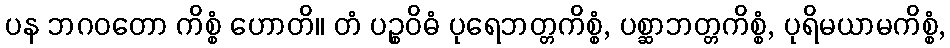
ပန ဘဂဝတော ကိစ္စံ ဟောတိ။ တံ ပဉ္စဝိဓံ ပုရေဘတ္တကိစ္စံ, ပစ္ဆာဘတ္တကိစ္စံ, ပုရိမယာမကိစ္စံ,